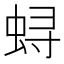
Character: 𫊻